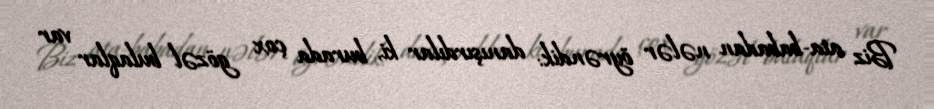
Biz ata-babadan nələr öyrəndik: danışırdılar ki, burada çox gözəl bulaqlar var